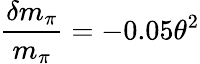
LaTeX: \frac{\delta m_{\pi}}{m_{\pi}}=-0.05\theta^{2}